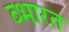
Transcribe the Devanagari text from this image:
ब्भारत